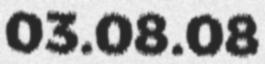
03.08.08